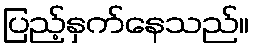
ပြည့်နှက်နေသည်။